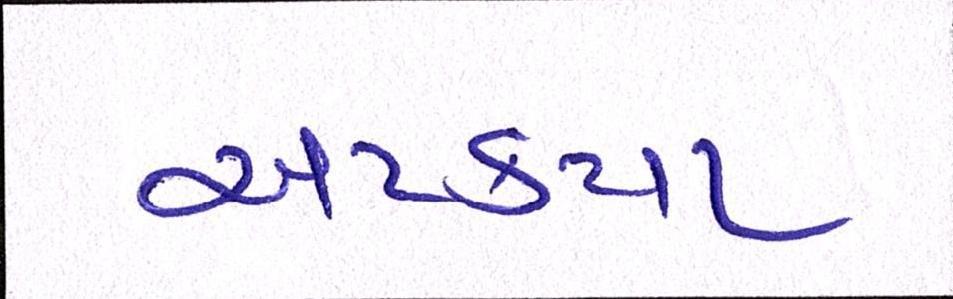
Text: અટક્યા